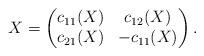
LaTeX: \begin{align*}X = \begin{pmatrix}c_{11}(X)& c_{12}(X) \\ c_{21}(X) & - c_{11}(X)\end{pmatrix}.\end{align*}